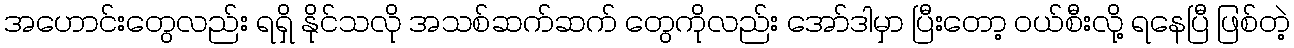
အဟောင်းတွေလည်း ရရှိ နိုင်သလို အသစ်ဆက်ဆက် တွေကိုလည်း အော်ဒါမှာ ပြီးတော့ ဝယ်စီးလို့ ရနေပြီ ဖြစ်တဲ့